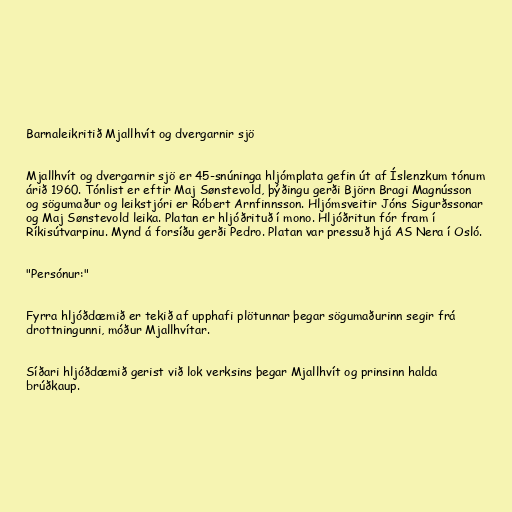
Barnaleikritið Mjallhvít og dvergarnir sjö

Mjallhvít og dvergarnir sjö er 45-snúninga hljómplata gefin út af Íslenzkum tónum
árið 1960. Tónlist er eftir Maj Sønstevold, þýðingu gerði Björn Bragi Magnússon
og sögumaður og leikstjóri er Róbert Arnfinnsson. Hljómsveitir Jóns Sigurðssonar
og Maj Sønstevold leika. Platan er hljóðrituð í mono. Hljóðritun fór fram í
Ríkisútvarpinu. Mynd á forsíðu gerði Pedro. Platan var pressuð hjá AS Nera í Osló.

"Persónur:"

Fyrra hljóðdæmið er tekið af upphafi plötunnar þegar sögumaðurinn segir frá
drottningunni, móður Mjallhvítar.

Síðari hljóðdæmið gerist við lok verksins þegar Mjallhvít og prinsinn halda
brúðkaup.